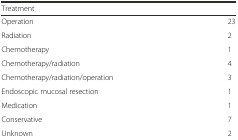
<table><thead><tr><td><b>Treatment</b></td><td></td></tr></thead><tbody><tr><td>Operation</td><td>23</td></tr><tr><td>Radiation</td><td>2</td></tr><tr><td>Chemotherapy</td><td>1</td></tr><tr><td>Chemotherapy/radiation</td><td>4</td></tr><tr><td>Chemotherapy/radiation/operation</td><td>3</td></tr><tr><td>Endoscopic mucosal resection</td><td>1</td></tr><tr><td>Medication</td><td>1</td></tr><tr><td>Conservative</td><td>7</td></tr><tr><td>Unknown</td><td>2</td></tr></tbody></table>